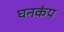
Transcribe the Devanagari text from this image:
घनकंप